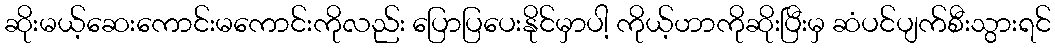
ဆိုးမယ့်ဆေးကောင်းမကောင်းကိုလည်း ပြောပြပေးနိုင်မှာပါ့ ကိုယ့်ဟာကိုဆိုးပြီးမှ ဆံပင်ပျက်စီးသွားရင်